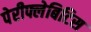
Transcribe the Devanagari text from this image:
पेरीफ्लेबिटिस